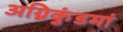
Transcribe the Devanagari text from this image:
अग्निकुंडमां